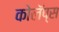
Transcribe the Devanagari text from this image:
कोलॅप्स